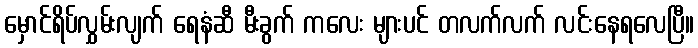
မှောင်ရိပ်လွှမ်းလျက် ရေနံဆီ မီးခွက် ကလေး များပင် တလက်လက် လင်းနေရလေပြီ။